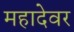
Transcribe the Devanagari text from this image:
महादेवर